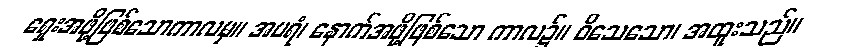
ရှေးအဖို့ဖြစ်သောကာလမှ။ အပရံ၊ နောက်အဖို့ဖြစ်သော ကာလ၌။ ဝိသေသော၊ အထူးသည်။